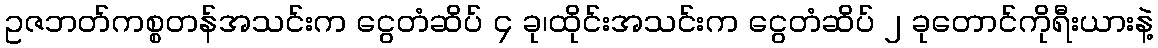
ဥဇဘတ်ကစ္စတန်အသင်းက ငွေတံဆိပ် ၄ ခု၊ထိုင်းအသင်းက ငွေတံဆိပ် ၂ ခုတောင်ကိုရီးယားနဲ့